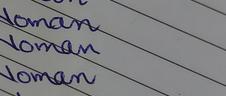
Signature authenticity: genuine